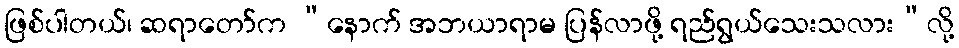
ဖြစ်ပါတယ်၊ ဆရာတော်က “နောက် အဘယာရာမ ပြန်လာဖို့ ရည်ရွယ်သေးသလား”လို့